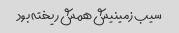
سیب زمینیش همش ریخته بود